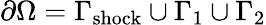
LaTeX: \partial\Omega=\Gamma_{\mathrm{shock}}\cup\Gamma_{1}\cup\Gamma_{2}